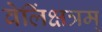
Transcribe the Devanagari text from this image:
वेलिंक्षत्रम्